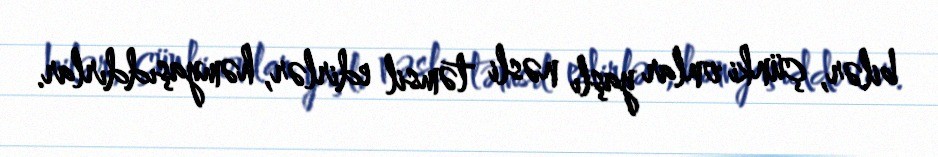
bilər, çünki onlar yaşlı nəsli təmsil edirlər, həmyaşıddırlar.